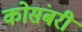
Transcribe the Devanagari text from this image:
कोसंबरी